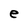
Character: e